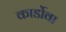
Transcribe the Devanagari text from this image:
कार्डोवा